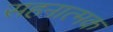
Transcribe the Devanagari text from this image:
सहनात्मक